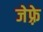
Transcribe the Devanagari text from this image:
जेफ़्रे